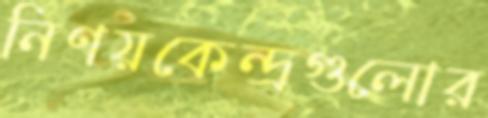
নিণয়কেন্দ্রগুলোর